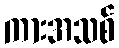
ကားအသစ်